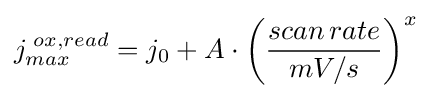
j_{max}^{\;ox,read}=j_{0}+A\cdot {\bigg (}{\frac {scan\,rate}{mV/s}}{\bigg )}^{x}